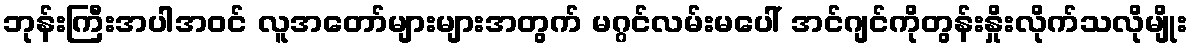
ဘုန်းကြီးအပါအဝင် လူအတော်များများအတွက် မဂ္ဂင်လမ်းမပေါ် အင်ဂျင်ကိုတွန်းနှိုးလိုက်သလိုမျိုး